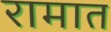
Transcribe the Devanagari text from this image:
रामात